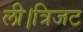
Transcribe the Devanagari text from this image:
ली।त्रिजट